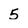
Character: 5